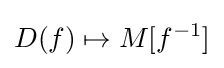
D(f)\mapsto M[f^{-1}]